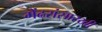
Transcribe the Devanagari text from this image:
मेंढरांसारखी